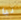
تيا